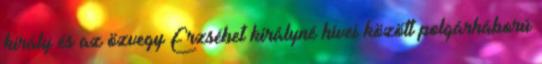
király és az özvegy Erzsébet királyné hívei között polgárháború